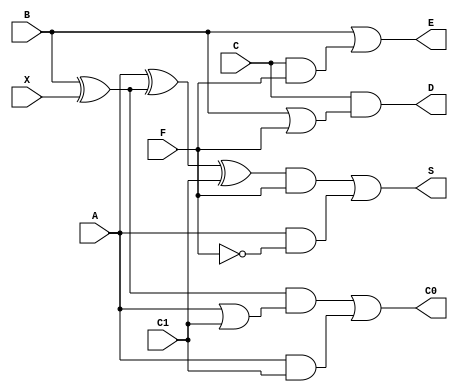
`timescale 1ns / 1ps

// Arithmetic Cell
module ac (input wire A,
               B,
               C,
               X,
               F,
               C1,
               output wire S,
               D,
               E,
               C0);
    assign S  = ((A ^ (B ^ X) ^ C1) & F) | (A & ~F);
    assign C0 = ((B ^ X) & (A | C1)) | (A & C1);
    assign D  = C & (B | F);
    assign E  = B | (C & F);
endmodule
// Control Cell
module cc
    (
        input wire X, P, C0,
        output wire F
    );
    assign F = (C0 & X) | (P & ~X);
endmodule
module gpca
    (
        input wire X,
        input wire [1:9] P,
        input wire [1:19] B, C,
        input wire [1:18] A,
        output wire [1:9] F,
        output wire [1:19] S
    );
    wire [1:9]  FI;
    wire [1:3]  C1;
    wire [1:5]  C2;
    wire [1:7]  C3;
    wire [1:9]  C4;
    wire [1:11] C5;
    wire [1:13] C6;
    wire [1:15] C7;
    wire [1:17] C8;
    wire [1:19] C9;

    wire [1:3]  S1;
    wire [1:5]  S2;
    wire [1:7]  S3;
    wire [1:9]  S4;
    wire [1:11] S5;
    wire [1:13] S6;
    wire [1:15] S7;
    wire [1:17] S8;
    wire [1:19] S9;
    wire [1:3]  D1;
    wire [1:5]  D2;
    wire [1:7]  D3;
    wire [1:9]  D4;
    wire [1:11] D5;
    wire [1:13] D6;
    wire [1:15] D7;
    wire [1:17] D8;

    wire [1:3]  E1;
    wire [1:5]  E2;
    wire [1:7]  E3;
    wire [1:9]  E4;
    wire [1:11] E5;
    wire [1:13] E6;
    wire [1:15] E7;
    wire [1:17] E8;

    assign F[1] = C1[1];
    assign F[2] = C2[1];
    assign F[3] = C3[1];
    assign F[4] = C4[1];
    assign F[5] = C5[1];
    assign F[6] = C6[1];
    assign F[7] = C7[1];
    assign F[8] = C8[1];
    assign F[9] = C9[1];
    //
    assign S = S9;
    //control cells (X,P,C0 / F)
    cc cc1(X, P[1], C1[1], FI[1]);
    cc cc2(X, P[2], C2[1], FI[2]);
    cc cc3(X, P[3], C3[1], FI[3]);
    cc cc4(X, P[4], C4[1], FI[4]);
    cc cc5(X, P[5], C5[1], FI[5]);
    cc cc6(X, P[6], C6[1], FI[6]);
    cc cc7(X, P[7], C7[1], FI[7]);
    cc cc8(X, P[8], C8[1], FI[8]);
    cc cc9(X, P[9], C9[1], FI[9]);
    //_______________________________________________________________
    // arithmetic cells of row 1(A,B,C,X,F,C1/S,D,E,C0)
    ac ac11(.A(1'b0), .B(B[1]),.C(C[1]),.X(X),.F(FI[1]),.C1(C1[2]),
            .S(S1[1]), .D(D1[1]), .E(E1[1]),.C0(C1[1]));
    ac ac12(.A(A[1]), .B(B[2]),.C(C[2]),.X(X),.F(FI[1]),.C1(C1[3]),
            .S(S1[2]), .D(D1[2]), .E(E1[2]),.C0(C1[2]));
    ac ac13(.A(A[2]),
            .B(B[3]),.C(C[3]),.X(X),.F(FI[1]),.C1(X),.S(S1[3]), .D(D1[3]),
            .E(E1[3]),.C0(C1[3]));
    // arithmetic cells of row 2(A,B,C,X,F,C1/S,D,E,C0)
    ac ac21(.A(S1[1]), .B(1'b0),.C(1'b0),.X(X),.F(FI[2]), .C1(C2[2]),
            .S(S2[1]), .D(D2[1]), .E(E2[1]),.C0(C2[1]));
    ac ac22(.A(S1[2]), .B(D1[1]), .C(E1[1]), .X(X),.F(FI[2]),
            .C1(C2[3]), .S(S2[2]), .D(D2[2]), .E(E2[2]),.C0(C2[2]));
    ac ac23(.A(S1[3]), .B(D1[2]), .C(E1[2]), .X(X),.F(FI[2]),
            .C1(C2[4]), .S(S2[3]), .D(D2[3]), .E(E2[3]),.C0(C2[3]));
    ac ac24(.A(A[3]), .B(D1[3]), .C(E1[3]),
            .X(X),.F(FI[2]),.C1(C2[5]), .S(S2[4]), .D(D2[4]),
            .E(E2[4]),.C0(C2[4]));
    ac ac25(.A(A[4]),
            .B(B[4]),.C(C[4]),.X(X),.F(FI[2]),.C1(X),.S(S2[5]), .D(D2[5]),
            .E(E2[5]),.C0(C2[5]));
    // arithmetic cells of row 3(A,B,C,X,F,C1/S,D,E,C0)
    ac ac31(.A(S2[1]),.B(1'b0),.C(1'b0),.X(X),.F(FI[3]), .C1(C3[2]),
            .S(S3[1]), .D(D3[1]), .E(E3[1]),.C0(C3[1]));
    ac ac32(.A(S2[2]), .B(D2[1]), .C(E2[1]), .X(X),.F(FI[3]),
            .C1(C3[3]), .S(S3[2]), .D(D3[2]), .E(E3[2]),.C0(C3[2]));
    ac ac33(.A(S2[3]), .B(D2[2]), .C(E2[2]), .X(X),.F(FI[3]),
            .C1(C3[4]), .S(S3[3]), .D(D3[3]), .E(E3[3]),.C0(C3[3]));
    ac ac34(.A(S2[4]), .B(D2[3]), .C(E2[3]), .X(X),.F(FI[3]),
            .C1(C3[5]), .S(S3[4]), .D(D3[4]), .E(E3[4]),.C0(C3[4]));
    ac ac35(.A(S2[5]), .B(D2[4]), .C(E2[4]), .X(X),.F(FI[3]),
            .C1(C3[6]), .S(S3[5]), .D(D3[5]), .E(E3[5]),.C0(C3[5]));
    ac ac36(.A(A[5]), .B(D2[5]), .C(E2[5]),
            .X(X),.F(FI[3]),.C1(C3[7]), .S(S3[6]), .D(D3[6]),
            .E(E3[6]),.C0(C3[6]));
    ac ac37(.A(A[6]),
            .B(B[5]),.C(C[5]),.X(X),.F(FI[3]),.C1(X),.S(S3[7]), .D(D3[7]),
            .E(E3[7]),.C0(C3[7]));
    // arithmetic cells of row 4(A,B,C,X,F,C1/S,D,E,C0)
    ac ac41(.A(S3[1]), .B(1'b0),.C(1'b0),.X(X),.F(FI[4]), .C1(C4[2]),
            .S(S4[1]), .D(D4[1]), .E(E4[1]),.C0(C4[1]));
    ac ac42(.A(S3[2]), .B(D3[1]), .C(E3[1]), .X(X),.F(FI[4]),
            .C1(C4[3]), .S(S4[2]), .D(D4[2]), .E(E4[2]),.C0(C4[2]));
    ac ac43(.A(S3[3]), .B(D3[2]), .C(E3[2]), .X(X),.F(FI[4]),
            .C1(C4[4]), .S(S4[3]), .D(D4[3]), .E(E4[3]),.C0(C4[3]));
    ac ac44(.A(S3[4]), .B(D3[3]), .C(E3[3]), .X(X),.F(FI[4]),
            .C1(C4[5]), .S(S4[4]), .D(D4[4]), .E(E4[4]),.C0(C4[4]));
    ac ac45(.A(S3[5]), .B(D3[4]), .C(E3[4]), .X(X),.F(FI[4]),
            .C1(C4[6]), .S(S4[5]), .D(D4[5]), .E(E4[5]),.C0(C4[5]));
    ac ac46(.A(S3[6]), .B(D3[5]), .C(E3[5]), .X(X),.F(FI[4]),
            .C1(C4[7]), .S(S4[6]), .D(D4[6]), .E(E4[6]),.C0(C4[6]));
    ac ac47(.A(S3[7]), .B(D3[6]), .C(E3[6]), .X(X),.F(FI[4]),
            .C1(C4[8]), .S(S4[7]), .D(D4[7]), .E(E4[7]),.C0(C4[7]));
    ac ac48(.A(A[7]), .B(D3[7]), .C(E3[7]),
            .X(X),.F(FI[4]),.C1(C4[9]), .S(S4[8]), .D(D4[8]),
            .E(E4[8]),.C0(C4[8]));
    ac ac49(.A(A[8]),
            .B(B[6]),.C(C[6]),.X(X),.F(FI[4]),.C1(X),.S(S4[9]), .D(D4[9]),
            .E(E4[9]),.C0(C4[9]));
    // arithmetic cells of row 5(A,B,C,X,F,C1/S,D,E,C0)
    ac ac51(.A(S4[1]), .B(1'b0),.C(1'b0),.X(X),.F(FI[5]), .C1(C5[2]),
            .S(S5[1]), .D(D5[1]), .E(E5[1]),.C0(C5[1]));
    ac ac52(.A(S4[2]), .B(D4[1]), .C(E4[1]), .X(X),.F(FI[5]),
            .C1(C5[3]), .S(S5[2]), .D(D5[2]), .E(E5[2]),.C0(C5[2]));
    ac ac53(.A(S4[3]), .B(D4[2]), .C(E4[2]), .X(X),.F(FI[5]),
            .C1(C5[4]), .S(S5[3]), .D(D5[3]), .E(E5[3]),.C0(C5[3]));
    ac ac54(.A(S4[4]), .B(D4[3]), .C(E4[3]), .X(X),.F(FI[5]),
            .C1(C5[5]), .S(S5[4]), .D(D5[4]), .E(E5[4]),.C0(C5[4]));
    ac ac55(.A(S4[5]), .B(D4[4]), .C(E4[4]), .X(X),.F(FI[5]),
            .C1(C5[6]), .S(S5[5]), .D(D5[5]), .E(E5[5]),.C0(C5[5]));
    ac ac56(.A(S4[6]), .B(D4[5]), .C(E4[5]), .X(X),.F(FI[5]),
            .C1(C5[7]), .S(S5[6]), .D(D5[6]), .E(E5[6]),.C0(C5[6]));
    ac ac57(.A(S4[7]), .B(D4[6]), .C(E4[6]), .X(X),.F(FI[5]),
            .C1(C5[8]), .S(S5[7]), .D(D5[7]), .E(E5[7]),.C0(C5[7]));
    ac ac58(.A(S4[8]), .B(D4[7]), .C(E4[7]), .X(X),.F(FI[5]),
            .C1(C5[9]), .S(S5[8]), .D(D5[8]), .E(E5[8]),.C0(C5[8]));
    ac ac59(.A(S4[9]), .B(D4[8]), .C(E4[8]), .X(X),.F(FI[5]),
            .C1(C5[10]),.S(S5[9]), .D(D5[9]), .E(E5[9]),.C0(C5[9]));
    ac ac5a(.A(A[9]), .B(D4[9]), .C(E4[9]),
            .X(X),.F(FI[5]),.C1(C5[11]),.S(S5[10]), .D(D5[10]),
            .E(E5[10]),.C0(C5[10]));
    ac ac5b(.A(A[10]), .B(B[7]),.C(C[7]),.X(X),.F(FI[5]),
            .C1(X),.S(S5[11]), .D(D5[11]), .E(E5[11]),.C0(C5[11]));
    // arithmetic cells of row 6(A,B,C,X,F,C1/S,D,E,C0)
    ac ac61(.A(S5[1]), .B(1'b0),.C(1'b0),.X(X),.F(FI[6]), .C1(C6[2]),
            .S(S6[1]), .D(D6[1]), .E(E6[1]),.C0(C6[1]));
    ac ac62(.A(S5[2]), .B(D5[1]), .C(E5[1]), .X(X),.F(FI[6]),
            .C1(C6[3]), .S(S6[2]), .D(D6[2]), .E(E6[2]),.C0(C6[2]));
    ac ac63(.A(S5[3]), .B(D5[2]), .C(E5[2]), .X(X),.F(FI[6]),
            .C1(C6[4]), .S(S6[3]), .D(D6[3]), .E(E6[3]),.C0(C6[3]));
    ac ac64(.A(S5[4]), .B(D5[3]), .C(E5[3]), .X(X),.F(FI[6]),
            .C1(C6[5]), .S(S6[4]), .D(D6[4]), .E(E6[4]),.C0(C6[4]));
    ac ac65(.A(S5[5]), .B(D5[4]), .C(E5[4]), .X(X),.F(FI[6]),
            .C1(C6[6]), .S(S6[5]), .D(D6[5]), .E(E6[5]),.C0(C6[5]));
    ac ac66(.A(S5[6]), .B(D5[5]), .C(E5[5]), .X(X),.F(FI[6]),
            .C1(C6[7]), .S(S6[6]), .D(D6[6]), .E(E6[6]),.C0(C6[6]));
    ac ac67(.A(S5[7]), .B(D5[6]), .C(E5[6]), .X(X),.F(FI[6]),
            .C1(C6[8]), .S(S6[7]), .D(D6[7]), .E(E6[7]),.C0(C6[7]));
    ac ac68(.A(S5[8]), .B(D5[7]), .C(E5[7]), .X(X),.F(FI[6]),
            .C1(C6[9]), .S(S6[8]), .D(D6[8]), .E(E6[8]),.C0(C6[8]));
    ac ac69(.A(S5[9]), .B(D5[8]), .C(E5[8]), .X(X),.F(FI[6]),
            .C1(C6[10]),.S(S6[9]), .D(D6[9]), .E(E6[9]),.C0(C6[9]));
    ac ac6a(.A(S5[10]), .B(D5[9]), .C(E5[9]), .X(X),.F(FI[6]),
            .C1(C6[11]),.S(S6[10]), .D(D6[10]), .E(E6[10]),.C0(C6[10]));
    ac ac6b(.A(S5[11]), .B(D5[10]), .C(E5[10]), .X(X),.F(FI[6]),
            .C1(C6[12]),.S(S6[11]), .D(D6[11]), .E(E6[11]),.C0(C6[11]));
    ac ac6c(.A(A[11]), .B(D5[11]), .C(E5[11]), .X(X),.F(FI[6]),
            .C1(C6[13]),.S(S6[12]), .D(D6[12]), .E(E6[12]),.C0(C6[12]));
    ac ac6d(.A(A[12]), .B(B[8]),.C(C[8]),.X(X),.F(FI[6]),
            .C1(X),.S(S6[13]), .D(D6[13]), .E(E6[13]),.C0(C6[13]));
    // arithmetic cells of row 7(A,B,C,X,F,C1/S,D,E,C0)
    ac ac71(.A(S6[1]), .B(1'b0),.C(1'b0),.X(X),.F(FI[7]), .C1(C7[2]),
            .S(S7[1]), .D(), .E(),.C0(C7[1]));
    ac ac72(.A(S6[2]), .B(D6[1]), .C(E6[1]), .X(X),.F(FI[7]),
            .C1(C7[3]), .S(S7[2]), .D(), .E(),.C0(C7[2]));
    ac ac73(.A(S6[3]), .B(D6[2]), .C(E6[2]), .X(X),.F(FI[7]),
            .C1(C7[4]), .S(S7[3]), .D(), .E(),.C0(C7[3]));
    ac ac74(.A(S6[4]), .B(D6[3]), .C(E6[3]), .X(X),.F(FI[7]),
            .C1(C7[5]), .S(S7[4]), .D(), .E(),.C0(C7[4]));
    ac ac75(.A(S6[5]), .B(D6[4]), .C(E6[4]), .X(X),.F(FI[7]),
            .C1(C7[6]), .S(S7[5]), .D(), .E(),.C0(C7[5]));
    ac ac76(.A(S6[6]), .B(D6[5]), .C(E6[5]), .X(X),.F(FI[7]),
            .C1(C7[7]), .S(S7[6]), .D(), .E(),.C0(C7[6]));
    ac ac77(.A(S6[7]), .B(D6[6]), .C(E6[6]), .X(X),.F(FI[7]),
            .C1(C7[8]), .S(S7[7]), .D(), .E(),.C0(C7[7]));
    ac ac78(.A(S6[8]), .B(D6[7]), .C(E6[7]), .X(X), .F(FI[7]),
            .C1(C7[9]), .S(S7[8]), .D(),.E(),.C0(C7[8]));
    ac ac79(.A(S6[9]), .B(D6[8]), .C(E6[8]), .X(X), .F(FI[7]),
            .C1(C7[10]),.S(S7[9]), .D(),.E(),.C0(C7[9]));
    ac ac7a(.A(S6[10]), .B(D6[9]), .C(E6[9]), .X(X),.F(FI[7]),
            .C1(C7[11]),.S(S7[10]), .D(),.E(),.C0(C7[10]));
    ac ac7b(.A(S6[11]), .B(D6[10]), .C(E6[10]),  .X(X), .F(FI[7]),
            .C1(C7[12]),.S(S7[11]), .D(),    .E(),.C0(C7[11]));
    ac ac7c(.A(S6[12]), .B(D6[11]), .C(E6[11]),  .X(X),.F(FI[7]),
            .C1(C7[13]),.S(S7[12]), .D(),    .E(),.C0(C7[12]));
    ac ac7d(.A(S6[13]), .B(D6[12]), .C(E6[12]),  .X(X),.F(FI[7]),
            .C1(C7[14]),.S(S7[13]), .D(),    .E(),.C0(C7[13]));
    ac ac7e(.A(A[13]), .B(D6[13]), .C(E6[13]),    .X(X),.F(FI[7]),
            .C1(C7[15]),.S(S7[14]), .D(),    .E(),.C0(C7[14]));
    ac ac7f(.A(A[14]), .B(B[9]),  .C(C[9]),       .X(X),.F(FI[7]),
            .C1(X), .S(S7[15]), .D() , .E(),.C0(C7[15]));
    // arithmetic cells of row 8(A,B,C,X,F,C1/S,D,E,C0)
    ac
        ac81(.A(S7[1]),.B(1'b0),.C(1'b0),.X(X),.F(FI[8]),.C1(C8[2]),.S(S8
                [1]),.D(D8[1]),.E(E8[1]),.C0(C8[1]));
    ac
        ac82(.A(S7[2]),.B(D7[1]),.C(E7[1]),.X(X),.F(FI[8]),.C1(C8[3]),.S(
                 S8[2]),.D(D8[2]),.E(E8[2]),.C0(C8[2]));
    ac
        ac83(.A(S7[3]),.B(D7[2]),.C(E7[2]),.X(X),.F(FI[8]),.C1(C8[4]),.S(
                 S8[3]),.D(D8[3]),.E(E8[3]),.C0(C8[3]));
    ac
        ac84(.A(S7[4]),.B(D7[3]),.C(E7[3]),.X(X),.F(FI[8]),.C1(C8[5]),.S(
                 S8[4]),.D(D8[4]),.E(E8[4]),.C0(C8[4]));
    ac
        ac85(.A(S7[5]),.B(D7[4]),.C(E7[4]),.X(X),.F(FI[8]),.C1(C8[6]),.S(
                 S8[5]),.D(D8[5]),.E(E8[5]),.C0(C8[5]));
    ac
        ac86(.A(S7[6]),.B(D7[5]),.C(E7[5]),.X(X),.F(FI[8]),.C1(C8[7]),.S(
                 S8[6]),.D(D8[6]),.E(E8[6]),.C0(C8[6]));
    ac
        ac87(.A(S7[7]),.B(D7[6]),.C(E7[6]),.X(X),.F(FI[8]),.C1(C8[8]),.S(
                 S8[7]),.D(D8[7]),.E(E8[7]),.C0(C8[7]));
    ac
        ac88(.A(S7[8]),.B(D7[7]),.C(E7[7]),.X(X),.F(FI[8]),.C1(C8[9]),.S(
                 S8[8]),.D(D8[8]),.E(E8[8]),.C0(C8[8]));
    ac
        ac89(.A(S7[9]),.B(D7[8]),.C(E7[8]),.X(X),.F(FI[8]),.C1(C8[10]),.S
             (S8[9]),.D(D8[9]),.E(E8[9]),.C0(C8[9]));
    ac
        ac8a(.A(S7[10]),.B(D7[9]),.C(E7[9]),.X(X),.F(FI[8]),.C1(C8[11]),.
             S(S8[10]),.D(D8[10]),.E(E8[10]),.C0(C8[10]));
    ac
        ac8b(.A(S7[11]),.B(D7[10]),.C(E7[10]),.X(X),.F(FI[8]),.C1(C8[12])
             ,.S(S8[11]),.D(D8[11]),.E(E8[11]),.C0(C8[11]));
    ac
        ac8c(.A(S7[12]),.B(D7[11]),.C(E7[11]),.X(X),.F(FI[8]),.C1(C8[13])
             ,.S(S8[12]),.D(D8[12]),.E(E8[12]),.C0(C8[12]));
    ac
        ac8d(.A(S7[13]),.B(D7[12]),.C(E7[12]),.X(X),.F(FI[8]),.C1(C8[14])
             ,.S(S8[13]),.D(D8[13]),.E(E8[13]),.C0(C8[13]));
    ac
        ac8e(.A(S7[14]),.B(D7[13]),.C(E7[13]),.X(X),.F(FI[8]),.C1(C8[15])
             ,.S(S8[14]),.D(D8[14]),.E(E8[14]),.C0(C8[14]));
    ac
        ac8f(.A(S7[15]),.B(D7[14]),.C(E7[14]),.X(X),.F(FI[8]),.C1(C8[16])
             ,.S(S8[15]),.D(D8[15]),.E(E8[15]),.C0(C8[15]));
    ac ac810(.A(A[16]),.B(D7[15]),.C(E7[15]),.X(X),.F(FI[8]),.C1(C8[17])
             ,.S(S8[16]),.D(D8[16]),.E(E8[16]),.C0(C8[16]));
    ac
        ac811(.A(A[17]),.B(B[10]),.C(C[10]),.X(X),.F(FI[8]),.C1(X),.S(S8[
                    17]),.D(D8[17]),.E(E8[17]),.C0(C8[17]));

    // arithmetic cells of row 9(A,B,C,X,F,C1/S,D,E,C0)
    ac
        ac91(.A(S8[1]),.B(1'b0),.C(1'b0),.X(X),.F(FI[9]),.C1(C9[2]),.S(S9
                [1]),.D(),.E(),.C0(C9[1]));
    ac
        ac92(.A(S8[2]),.B(D8[1]),.C(E8[1]),.X(X),.F(FI[9]),.C1(C9[3]),.S(
                 S9[2]),.D(),.E(),.C0(C9[2]));
    ac
        ac93(.A(S8[3]),.B(D8[2]),.C(E8[2]),.X(X),.F(FI[9]),.C1(C9[4]),.S(
                 S9[3]),.D(),.E(),.C0(C9[3]));
    ac
        ac94(.A(S8[4]),.B(D8[3]),.C(E8[3]),.X(X),.F(FI[9]),.C1(C9[5]),.S(
                 S9[4]),.D(),.E(),.C0(C9[4]));
    ac
        ac95(.A(S8[5]),.B(D8[4]),.C(E8[4]),.X(X),.F(FI[9]),.C1(C9[6]),.S(
                 S9[5]),.D(),.E(),.C0(C9[5]));
    ac
        ac96(.A(S8[6]),.B(D8[5]),.C(E8[5]),.X(X),.F(FI[9]),.C1(C9[7]),.S(
                 S9[6]),.D(),.E(),.C0(C9[6]));
    ac
        ac97(.A(S8[7]),.B(D8[6]),.C(E8[6]),.X(X),.F(FI[9]),.C1(C9[8]),.S(
                 S9[7]),.D(),.E(),.C0(C9[7]));
    ac
        ac98(.A(S8[8]),.B(D8[7]),.C(E8[7]),.X(X),.F(FI[9]),.C1(C9[9]),.S(
                 S9[8]),.D(),.E(),.C0(C9[8]));
    ac
        ac99(.A(S8[9]),.B(D8[8]),.C(E8[8]),.X(X),.F(FI[9]),.C1(C9[10]),.S
             (S9[9]),.D(),.E(),.C0(C9[9]));
    ac
        ac9a(.A(S8[10]),.B(D8[9]),.C(E8[9]),.X(X),.F(FI[9]),.C1(C9[11]),.
             S(S9[10]),.D(),.E(),.C0(C9[10]));
    ac
        ac9b(.A(S8[11]),.B(D8[10]),.C(E8[10]),.X(X),.F(FI[9]),.C1(C9[12])
             ,.S(S9[11]),.D(),.E(),.C0(C9[11]));
    ac
        ac9c(.A(S8[12]),.B(D8[11]),.C(E8[11]),.X(X),.F(FI[9]),.C1(C9[13])
             ,.S(S9[12]),.D(),.E(),.C0(C9[12]));
    ac
        ac9d(.A(S8[13]),.B(D8[12]),.C(E8[12]),.X(X),.F(FI[9]),.C1(C9[14])
             ,.S(S9[13]),.D(),.E(),.C0(C9[13]));
    ac
        ac9e(.A(S8[14]),.B(D8[13]),.C(E8[13]),.X(X),.F(FI[9]),.C1(C9[15])
             ,.S(S9[14]),.D(),.E(),.C0(C9[14]));
    ac
        ac9f(.A(S8[15]),.B(D8[14]),.C(E8[14]),.X(X),.F(FI[9]),.C1(C9[16])
             ,.S(S9[15]),.D(),.E(),.C0(C9[15]));
    ac
        ac910(.A(S8[16]),.B(D8[15]),.C(E8[15]),.X(X),.F(FI[9]),.C1(C9[17]),.S(S9[16]),.D(),.E(),.C0(C9[16]));
    ac
        ac911(.A(S8[17]),.B(D8[16]),.C(E8[16]),.X(X),.F(FI[9]),.C1(C9[18]),.S(S9[17]),.D(),.E(),.C0(C9[17]));
    ac
        ac912(.A(A[17]),.B(D8[17]),.C(E8[17]),.X(X),.F(FI[9]),.C1(C9[19])
              ,.S(S9[18]),.D(),.E(),.C0(C9[18]));
    ac
        ac913(.A(A[18]),.B(B[11]),.C(C[11]),.X(X),.F(FI[9]),.C1(X),.S(S9[
                    19]),.D(),.E(),.C0(C9[19]));
endmodule